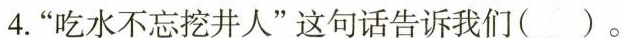
4.”吃水不忘挖井人”这句话告诉我们( )。